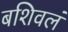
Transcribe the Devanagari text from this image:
बशिवलं